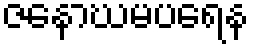
ဇနောဃမပရေန